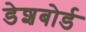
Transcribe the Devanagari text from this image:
डेशबोर्ड